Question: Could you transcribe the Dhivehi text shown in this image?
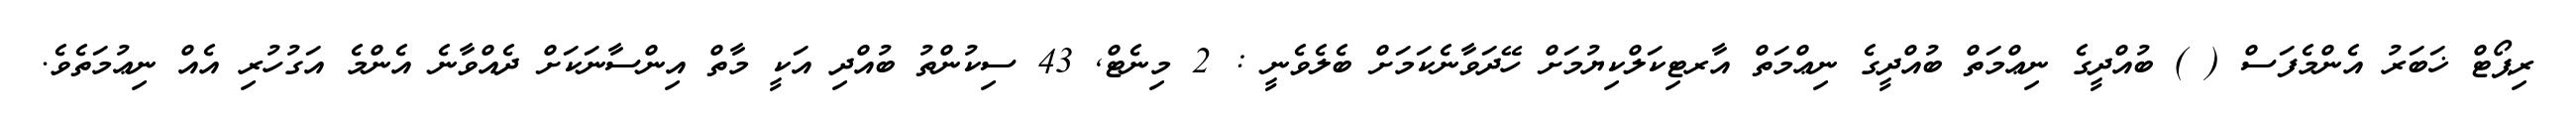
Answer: ރިޕޯޓް ޚަބަރު އެންމެފަސް ( ) ބުއްދީގެ ނިޢްމަތް ބުއްދީގެ ނިޢްމަތް އާރޓިކަލްކިޔުމަށް ހޭދަވާނެކަމަށް ބެލެވެނީ : 2 މިނެޓް, 43 ސިކުންތު ބުއްދި އަކީ މާތް އިންސާނަކަށް ދެއްވާނެ އެންމެ އަގުހުރި އެއް ނިޢުމަތެވެ.